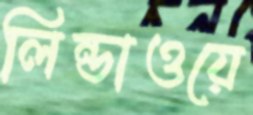
লিন্ডাওয়ে